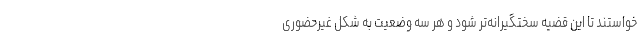
خواستند تا این قضیه سختگیرانه‌تر شود و هر سه وضعیت به شکل غیرحضوری